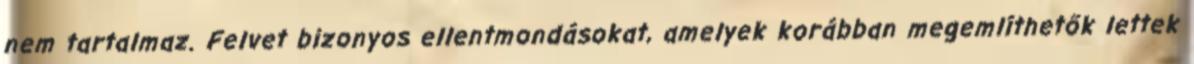
nem tartalmaz. Felvet bizonyos ellentmondásokat, amelyek korábban megemlíthetők lettek